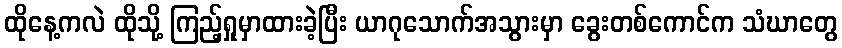
ထိုနေ့ကလဲ ထိုသို့ ကြည့်ရှုမှာထားခဲ့ပြီး ယာဂုသောက်အသွားမှာ ခွေးတစ်ကောင်က သံဃာတွေ